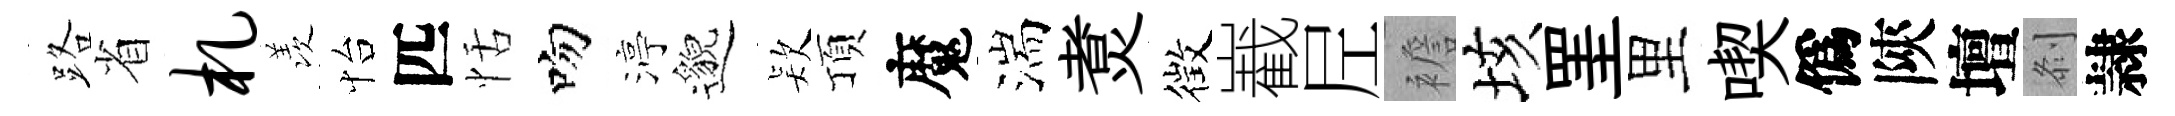
路省札羡怡匹恬吻渟邈𣣇頂魔湍煑徴嶻𡰱襜垓罣里喫僞陝壇𠛴隷